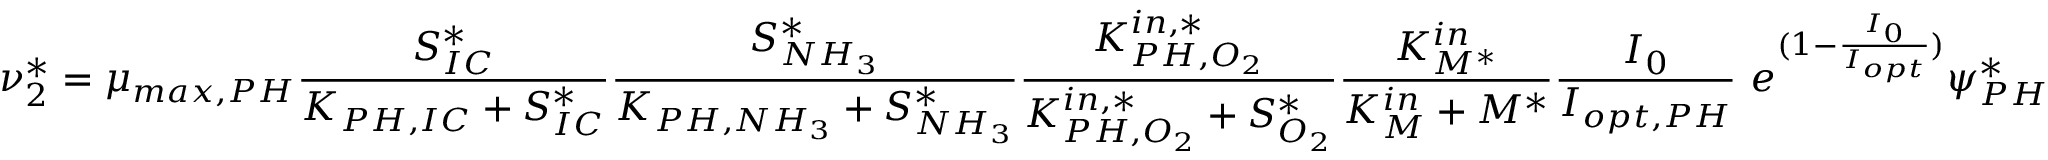
\nu _ { 2 } ^ { * } = \mu _ { m a x , P H } \frac { S _ { I C } ^ { * } } { K _ { P H , I C } + S _ { I C } ^ { * } } \frac { S _ { N H _ { 3 } } ^ { * } } { K _ { P H , N H _ { 3 } } + S _ { N H _ { 3 } } ^ { * } } \frac { K _ { P H , O _ { 2 } } ^ { i n , * } } { K _ { P H , O _ { 2 } } ^ { i n , * } + S _ { O _ { 2 } } ^ { * } } \frac { K _ { M ^ { * } } ^ { i n } } { K _ { M } ^ { i n } + M ^ { * } } \frac { I _ { 0 } } { I _ { o p t , P H } } \ e ^ { ( 1 - \frac { I _ { 0 } } { I _ { o p t } } ) } \psi _ { P H } ^ { * }